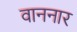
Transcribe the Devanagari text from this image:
वाननार